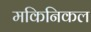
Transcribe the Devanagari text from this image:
मकिनिकल